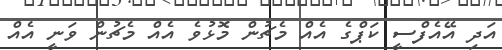
އަދި އޭއެފްސީ ކަޕްގެ އެއް މެޗުން މޮޅުވެ އެއް މެޗުން ވަނީ އެއް